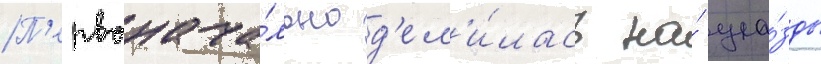
П'ервонача́льно д'ел'и́лась на́ уе́зды